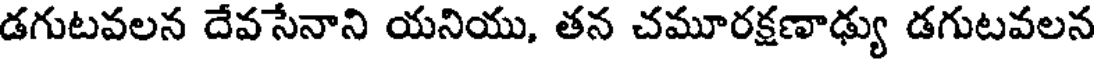
డగుటవలన దేవసేనాని యనియు, తన చమూరక్షణాఢ్యు డగుటవలన